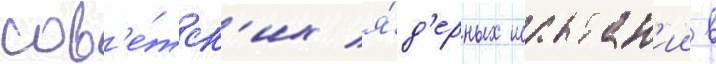
сов'е́тск'их я́д'ерных испытан'ии в